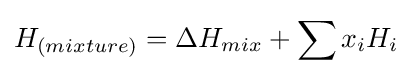
H_{(mixture)}=\Delta H_{mix}+\sum x_{i}H_{i}